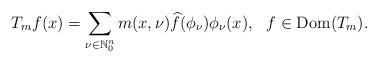
LaTeX: \begin{align*}T_mf(x)=\sum_{\nu\in\mathbb{N}^n_0}m(x,\nu)\widehat{f}(\phi_\nu)\phi_\nu(x),\,\,\,\,f\in \textnormal{Dom}(T_m).\end{align*}